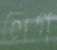
লেগ